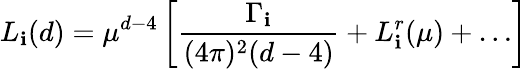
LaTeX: L_{\mathbf{i}}(d)=\mu^{d-4}\left[\displaystyle\frac{{\Gamma_{\mathbf{i}}}}{{(4\pi)^{2}(d-4)}}+L_{\mathbf{i}}^{r}(\mu)+\dots\right]